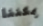
يمكننا